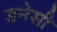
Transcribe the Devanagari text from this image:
डनेसी